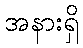
အနားရှိ